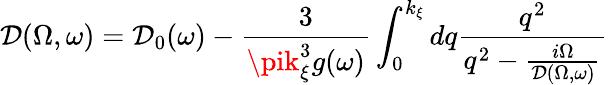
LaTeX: \mathcal{D}(\Omega,\omega)=\mathcal{D}_{0}(\omega)-\frac{{3}}{{\pik_{\xi}^{3}g(\omega)}}\int_{0}^{k_{\xi}}dq\frac{{q^{2}}}{{q^{2}-\frac{{i\Omega}}{{\mathcal{D}(\Omega,\omega)}}}}